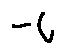
- i